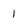
Character: 1